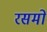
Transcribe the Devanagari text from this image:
रसमों